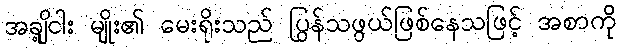
အချို့ငါး မျိုး၏ မေးရိုးသည် ပြွန်သဖွယ်ဖြစ်နေသဖြင့် အစာကို